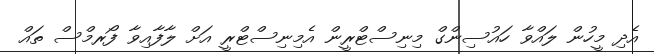
އެދި މީހުން ލައްވާ ހައުސިންގް މިނިސްޓްރީން އެމިނިސްޓްރީ އަށް ލާފާއިވާ ފޯރމްސް ތައް